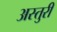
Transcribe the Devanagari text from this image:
अस्तुरी